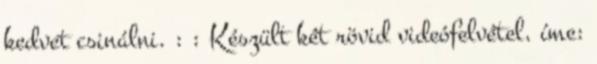
kedvet csinálni. : : Készült két rövid videófelvétel, íme: